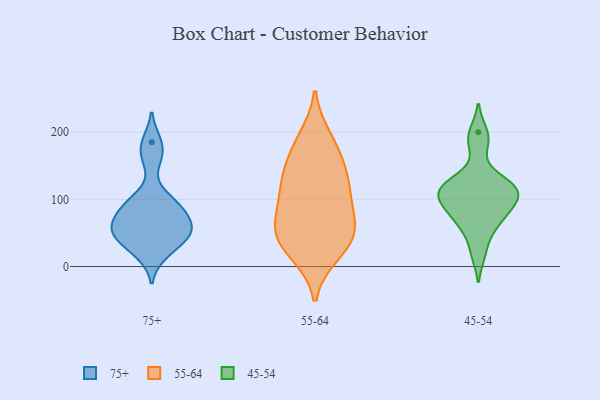
{"axis": {"x": "Gross Profit (USD K)", "y": "Value"}, "legend": ["45-54", "55-64", "75+"], "data": [{"x": "", "y": 65, "type": "75+"}, {"x": "", "y": 93, "type": "75+"}, {"x": "", "y": 19, "type": "75+"}, {"x": "", "y": 59, "type": "75+"}, {"x": "", "y": 35, "type": "75+"}, {"x": "", "y": 91, "type": "75+"}, {"x": "", "y": 46, "type": "75+"}, {"x": "", "y": 162, "type": "75+"}, {"x": "", "y": 48, "type": "75+"}, {"x": "", "y": 93, "type": "75+"}, {"x": "", "y": 61, "type": "75+"}, {"x": "", "y": 185, "type": "75+"}, {"x": "", "y": 182, "type": "55-64"}, {"x": "", "y": 98, "type": "55-64"}, {"x": "", "y": 54, "type": "55-64"}, {"x": "", "y": 64, "type": "55-64"}, {"x": "", "y": 118, "type": "55-64"}, {"x": "", "y": 52, "type": "55-64"}, {"x": "", "y": 158, "type": "55-64"}, {"x": "", "y": 40, "type": "55-64"}, {"x": "", "y": 60, "type": "55-64"}, {"x": "", "y": 22, "type": "55-64"}, {"x": "", "y": 133, "type": "55-64"}, {"x": "", "y": 191, "type": "55-64"}, {"x": "", "y": 137, "type": "55-64"}, {"x": "", "y": 19, "type": "55-64"}, {"x": "", "y": 103, "type": "55-64"}, {"x": "", "y": 129, "type": "45-54"}, {"x": "", "y": 120, "type": "45-54"}, {"x": "", "y": 110, "type": "45-54"}, {"x": "", "y": 54, "type": "45-54"}, {"x": "", "y": 67, "type": "45-54"}, {"x": "", "y": 95, "type": "45-54"}, {"x": "", "y": 96, "type": "45-54"}, {"x": "", "y": 117, "type": "45-54"}, {"x": "", "y": 77, "type": "45-54"}, {"x": "", "y": 200, "type": "45-54"}, {"x": "", "y": 95, "type": "45-54"}, {"x": "", "y": 19, "type": "45-54"}, {"x": "", "y": 181, "type": "45-54"}, {"x": "", "y": 122, "type": "45-54"}]}